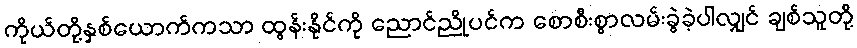
ကိုယ်တို့နှစ်ယောက်ကသာ ထွန်းနိုင်ကို ညောင်ညိုပင်က စောစီးစွာလမ်းခွဲခဲ့ပါလျှင် ချစ်သူတို့